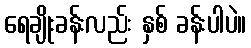
ရေချိုးခန်းလည်း နှစ် ခန်းပါပဲ။